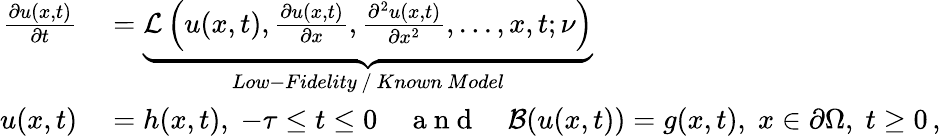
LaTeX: \begin{array}{rl}{\frac{\partial u(x,t)}{\partial t}}&{{}=\underbrace{\mathcal{L}\left(u(x,t),\frac{\partial u(x,t)}{\partial x},\frac{\partial^{2}u(x,t)}{\partial x^{2}},...,x,t;\nu\right)}_{Low-Fidelity~/~Known~Model}}\\ {u(x,t)}&{{}=h(x,t),\; -\tau\leq t\leq 0\quad\mathrm{~a~n~d~}\quad\mathcal{B}(u(x,t))=g(x,t),\; x\in\partial\Omega,\; t\geq 0\, ,}\end{array}